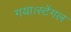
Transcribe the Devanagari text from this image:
गया।स्टेंगल